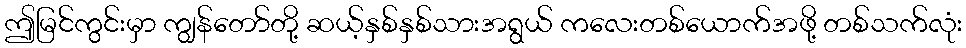
ဤမြင်ကွင်းမှာ ကျွန်တော်တို့ ဆယ့်နှစ်နှစ်သားအရွယ် ကလေးတစ်ယောက်အဖို့ တစ်သက်လုံး